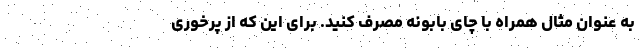
به عنوان مثال همراه با چای بابونه مصرف کنید. برای این که از پرخوری